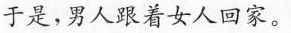
于是，男人跟着女人回家。